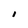
Character: I